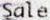
SALE